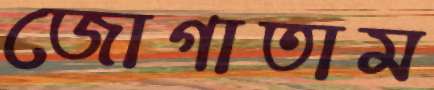
জোগাতাম